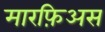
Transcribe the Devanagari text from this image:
मारफ़िअस